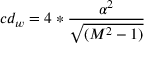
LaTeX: c d _ { w } = 4 * { \frac { \alpha ^ { 2 } } { \sqrt { ( M ^ { 2 } - 1 ) } } }